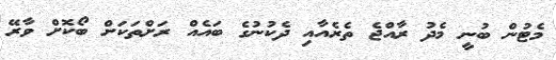
މެޓުން ބުނީ މެދު ރާއްޖެ ތެރެއާއި ދެކުނުގެ ބައެއް ރަށްތަކަށް ބޯކޮށް ވާރޭ